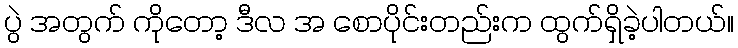
ပွဲ အတွက် ကိုတော့ ဒီလ အ စောပိုင်းတည်းက ထွက်ရှိခဲ့ပါတယ်။